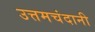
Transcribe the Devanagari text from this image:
उत्तमचंदानी